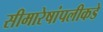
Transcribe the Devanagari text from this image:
सीमारेषांपलीकडे